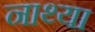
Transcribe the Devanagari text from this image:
नाथ्या